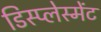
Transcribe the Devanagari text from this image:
डिस्प्लेस्मेंट